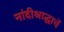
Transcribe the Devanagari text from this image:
नांदीश्राद्धाचें